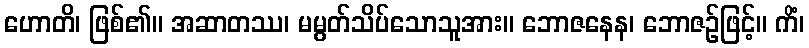
ဟောတိ၊ ဖြစ်၏။ အဆာတဿ၊ မမွတ်သိပ်သောသူအား။ ဘောဇနေန၊ ဘောဇဉ်ဖြင့်။ ကိံ၊